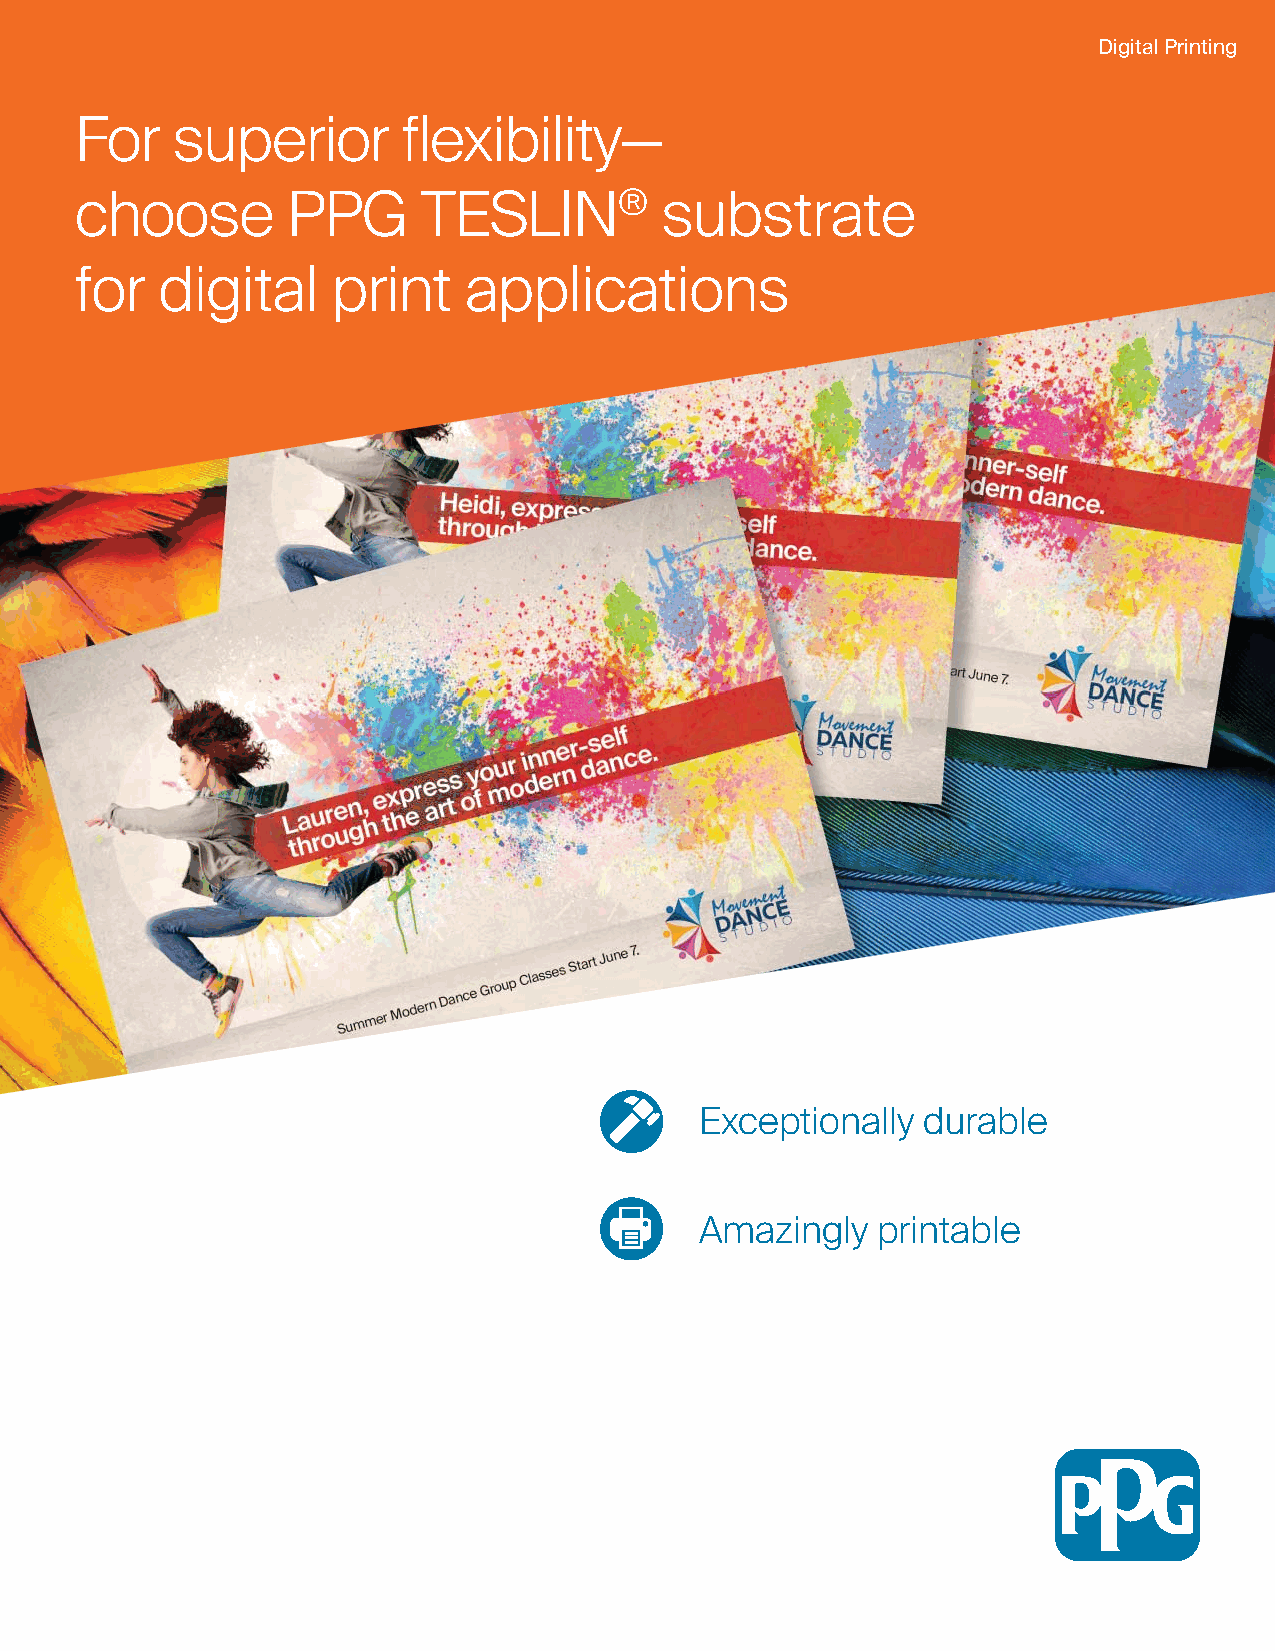
Digital Printing
 For   superior        flexibility—
 choose        PPG      TESLIN®         substrate
 for  digital     print    applications
 Exceptionally  durable
 Amazingly   printable